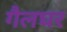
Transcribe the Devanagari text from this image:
गैलघर